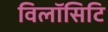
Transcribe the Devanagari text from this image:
विलॉसिटि